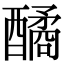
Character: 䤎